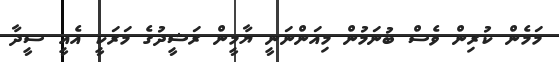
މަމެން ކުރިން ވެސް ބުނަމުން މިއަންނަނީ ޔާމީން ރަޝީދުގެ މަރަކީ އެއީ ސީދާ